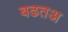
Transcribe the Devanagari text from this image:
बढतअ